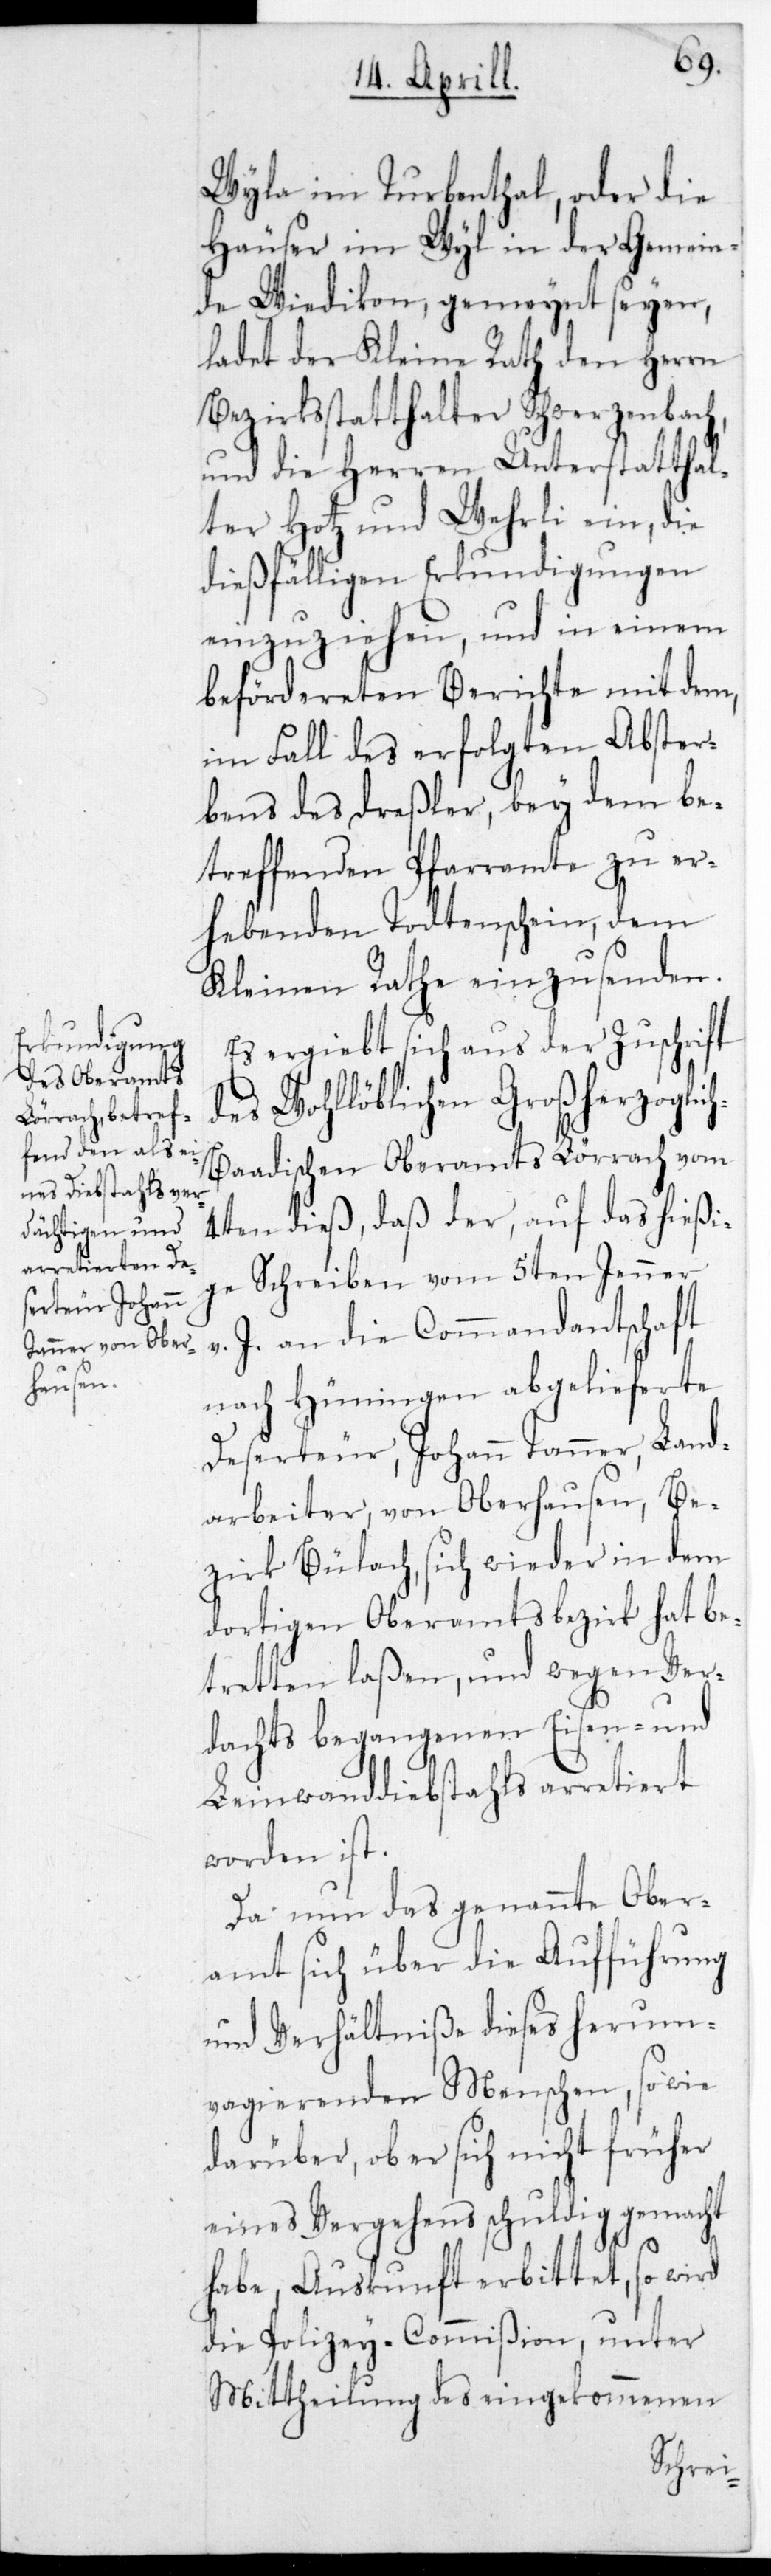
Wyla im Turbenthal, oder die
Häuser im Wyl in der Gemein¬
de Wiedikon gemeynt seyen,
ladet der Kleine Rath den Herrn
Bezirksstatthalter Schwerzenbach
und die Herren Unterstatthal¬
ter Hotz und Wehrli ein, die
dießfälligen Erkundigungen
einzuziehen, und in einem
befördereten Berichte mit dem,
im Fall des erfolgten Abster¬
bens des Dreßler, bey dem be¬
treffenden Pfarramte zu er¬
hebenden Todtenschein, dem
Kleinen Rathe einzusenden.
Es ergibt sich aus der Zuschrift
des wohllöblichen Großherzoglic¬
h-Baadischen Oberamts Lörrach vom
4ten dieß, daß der, auf das hießi¬
ge Schreiben vom 5ten Jenner
J. an die Commandantschaft
nach Hüningen abgelieferete
Deserteur, Johann Tanner, Land¬
arbeiter, von Oberhausen, Be¬
zirk Bülach, sich wieder in dem
dortigen Oberamtsbezirk hat be¬
tretten laßen, und wegen Ver¬
dachts begangenen Eisen- und
Leinwanddiebstahls arretiert
worden ist.
Da nun das genannte Ober¬
amt sich über die Aufführung
und Verhältniße dieses herum¬
vagierenden Menschen, sowie
darüber, ob er sich nicht früher
eines Vergehens schuldig gemacht
habe, Auskunft erbittet, so wird
die Polizey-Commißion, unter
Mittheilung des eingekommenen